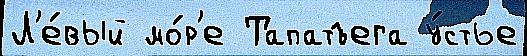
Л'е́вый мо́р'е Тапатъега у́стье